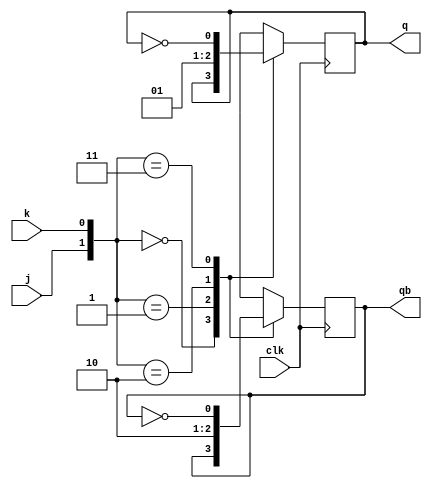
module flipflop(input j,input k,input clk, output reg q,output reg qb);

always@(posedge clk)
	case ({j,k})
	2'b00: begin q<=q;qb<=qb;end
	2'b01: begin q<=0;qb<=1;end
	2'b10: begin q<=1;qb<=0;end
	2'b11: begin q<=~q;qb<=~qb;end
	endcase

endmodule